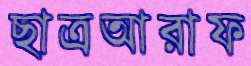
ছাত্রআরাফ